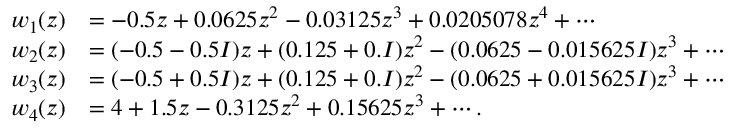
\begin{array} { r l } { w _ { 1 } ( z ) } & { = - 0 . 5 z + 0 . 0 6 2 5 z ^ { 2 } - 0 . 0 3 1 2 5 z ^ { 3 } + 0 . 0 2 0 5 0 7 8 z ^ { 4 } + \cdots } \\ { w _ { 2 } ( z ) } & { = ( - 0 . 5 - 0 . 5 I ) z + ( 0 . 1 2 5 + 0 . I ) z ^ { 2 } - ( 0 . 0 6 2 5 - 0 . 0 1 5 6 2 5 I ) z ^ { 3 } + \cdots } \\ { w _ { 3 } ( z ) } & { = ( - 0 . 5 + 0 . 5 I ) z + ( 0 . 1 2 5 + 0 . I ) z ^ { 2 } - ( 0 . 0 6 2 5 + 0 . 0 1 5 6 2 5 I ) z ^ { 3 } + \cdots } \\ { w _ { 4 } ( z ) } & { = 4 + 1 . 5 z - 0 . 3 1 2 5 z ^ { 2 } + 0 . 1 5 6 2 5 z ^ { 3 } + \cdots . } \end{array}